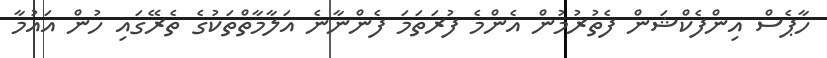
ހާޕެސް އިންފެކްޝަން ފެތުރުމުން އެންމެ ފުރަތަމަ ފެންނާނެ އަލާމާތްތަކުގެ ތެރޭގައި ހުން އައުމާ